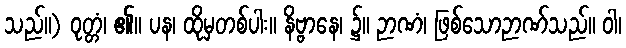
သည်။) ဝုတ္တံ၊ ၏။ ပန၊ ထိုမှတစ်ပါး။ နိဗ္ဗာနေ၊ ၌။ ဉာဏံ၊ ဖြစ်သောဉာဏ်သည်။ ဝါ၊